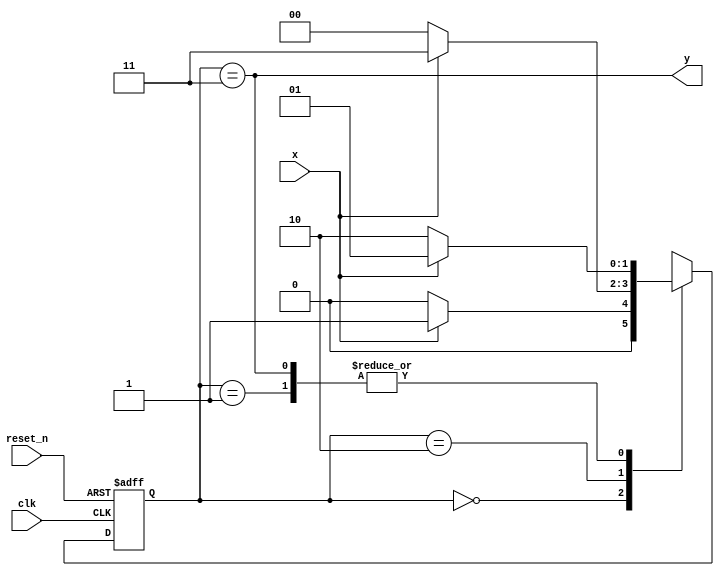
`timescale 1ns / 1ps
//////////////////////////////////////////////////////////////////////////////////
// Company: 
// Engineer: 
// 
// Design Name: 
// Module Name: mealy_101_detector
// Project Name: 
// Target Devices: 
// Tool Versions: 
// Description: 
// 
// Dependencies: 
// 
// Revision:
// Revision 0.01 - File Created
// Additional Comments:
// 
//////////////////////////////////////////////////////////////////////////////////


module moore_101_detector(
    input clk,
    input reset_n,
    input x,
    output y
    );
    
    reg [1:0] state_reg, state_next;
    localparam s0 = 0;
    localparam s1 = 1;
    localparam s2 = 2;
    localparam s3 = 3;
    
    // State register
    always @(posedge clk, negedge reset_n)
    begin
        if (~reset_n)
            state_reg <= s0;
        else
            state_reg <= state_next;
    end
    
    // Next state logic
    always @(*)
    begin
        case(state_reg)
            s0: if(x)
                    state_next = s1;
                else
                    state_next = s0;                
            s1: if(x)
                    state_next = s1;
                else
                    state_next = s2;                 
            s2: if(x)
                    state_next = s3;
                else
                    state_next = s0; 
            s3: if(x)
                    state_next = s1;
                else
                    state_next = s2;           
            default: state_next = state_reg;            
        endcase
    end
    
    // Output logic
    assign y = (state_reg == s3);
endmodule